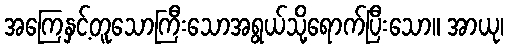
အကြေနှင့်တူသောကြီးသောအရွယ်သို့ရောက်ပြီးသော။ အာယု၊